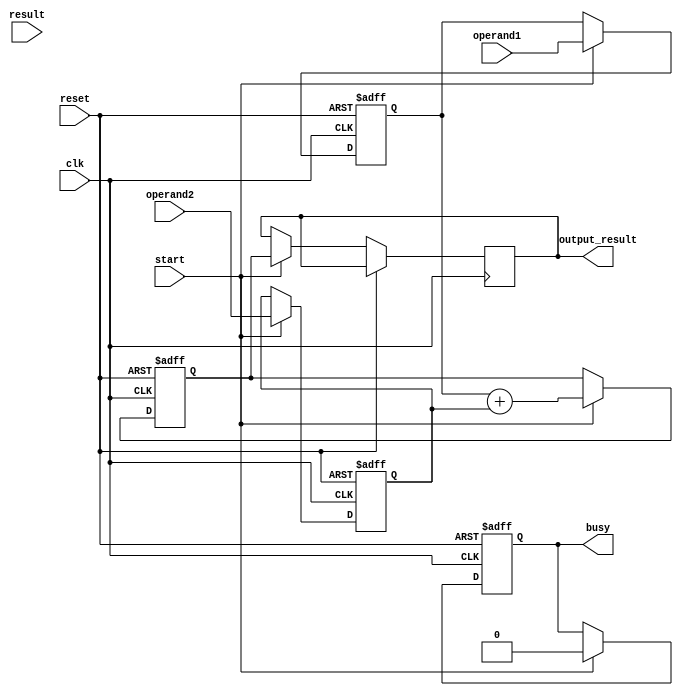
module TriplePrecisionFloatingPointUnit (
    input wire [63:0] operand1,
    input wire [63:0] operand2,
    input wire [63:0] result,
    input wire clk,
    input wire reset,
    input wire start,
    output reg busy,
    output reg [63:0] output_result
);

reg [63:0] reg_operand1;
reg [63:0] reg_operand2;
reg [63:0] reg_result;

always @(posedge clk or posedge reset) begin
    if (reset) begin
        busy <= 0;
        reg_operand1 <= 64'h0;
        reg_operand2 <= 64'h0;
        reg_result <= 64'h0;
    end else if (start) begin
        busy <= 1;
        reg_operand1 <= operand1;
        reg_operand2 <= operand2;
        // Perform arithmetic operations here
        reg_result <= reg_operand1 + reg_operand2; // Example: addition operation
        output_result <= reg_result;
        busy <= 0;
    end
end

endmodule